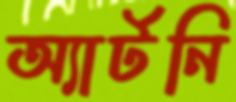
অ্যার্টনি